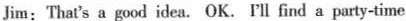
Jim:That's a good idea.OK. Tll find a party-time